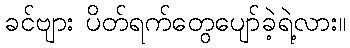
ခင်ဗျား ပိတ်ရက်တွေပျော်ခဲ့ရဲ့လား။